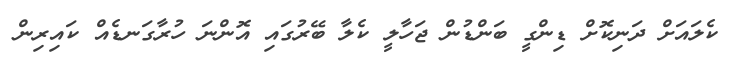
ކެލައަށް ދަނިކޮށް ޑިންގީ ބަންޑުން ޖަހާލީ ކެލާ ބޭރުގައި އޮންނަ ހުރާގަނޑެއް ކައިރިން